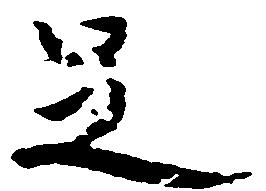
足